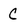
Character: C